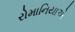
રોમાનિયાએ